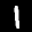
Label: 1